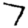
Digit: 7